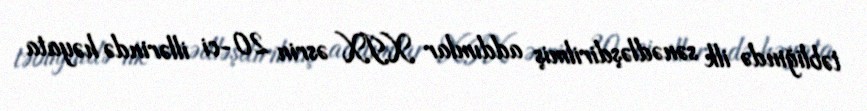
təbliğində ilk sənədləşdirilmiş addımlar XIX əsrin 20-ci illərində həyata